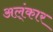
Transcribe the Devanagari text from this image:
अल्ंकार